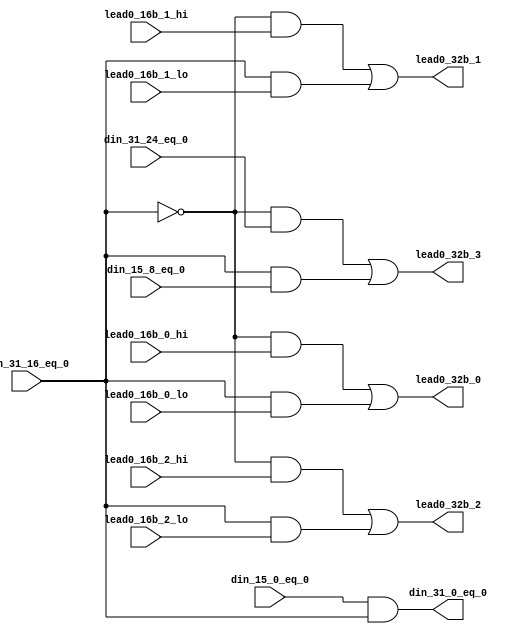
module fpu_cnt_lead0_lvl4 (
	din_31_16_eq_0,
	din_31_24_eq_0,
	lead0_16b_2_hi,
	lead0_16b_1_hi,
	lead0_16b_0_hi,
	din_15_0_eq_0,
	din_15_8_eq_0,
	lead0_16b_2_lo,
	lead0_16b_1_lo,
	lead0_16b_0_lo,

	din_31_0_eq_0,
	lead0_32b_3,
	lead0_32b_2,
	lead0_32b_1,
	lead0_32b_0
);


input		din_31_16_eq_0;		// data in[31:16] is zero
input		din_31_24_eq_0;		// data in[31:24] is zero
input		lead0_16b_2_hi;		// bit[2] of lead 0 count- din[31:16]
input		lead0_16b_1_hi;		// bit[1] of lead 0 count- din[31:16]
input		lead0_16b_0_hi;		// bit[0] of lead 0 count- din[31:16]
input		din_15_0_eq_0;		// data in[15:0] is zero
input		din_15_8_eq_0;		// data in[15:8] is zero
input		lead0_16b_2_lo;		// bit[2] of lead 0 count- din[15:0]
input		lead0_16b_1_lo;		// bit[1] of lead 0 count- din[15:0]
input		lead0_16b_0_lo;		// bit[0] of lead 0 count- din[15:0]

output		din_31_0_eq_0;		// data in[31:0] is zero
output		lead0_32b_3;		// bit[3] of lead 0 count
output		lead0_32b_2;		// bit[2] of lead 0 count
output		lead0_32b_1;		// bit[1] of lead 0 count
output		lead0_32b_0;		// bit[0] of lead 0 count


wire		din_31_0_eq_0;
wire		lead0_32b_3;
wire		lead0_32b_2;
wire		lead0_32b_1;
wire		lead0_32b_0;


assign din_31_0_eq_0= din_15_0_eq_0 && din_31_16_eq_0;

assign lead0_32b_3= ((!din_31_16_eq_0) && din_31_24_eq_0)
		|| (din_31_16_eq_0 && din_15_8_eq_0);

assign lead0_32b_2= ((!din_31_16_eq_0) && lead0_16b_2_hi)
		|| (din_31_16_eq_0 && lead0_16b_2_lo);

assign lead0_32b_1= ((!din_31_16_eq_0) && lead0_16b_1_hi)
		|| (din_31_16_eq_0 && lead0_16b_1_lo);

assign lead0_32b_0= ((!din_31_16_eq_0) && lead0_16b_0_hi)
		|| (din_31_16_eq_0 && lead0_16b_0_lo);


endmodule